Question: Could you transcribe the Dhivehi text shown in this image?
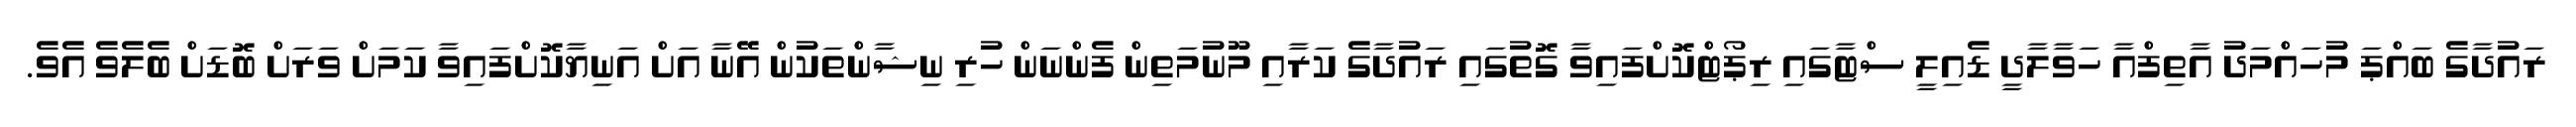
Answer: ރައުދާގެ ބައްޕަ މުހައްމަދު އާތިފްއާ ހަވާލާދީ ޑެއިލީ ސްޓާގައި ރިޕޯޓްކޮށްފައިވާ ގޮތުގައި ރައުދާގެ ކަރާއި މޫނުމަތިން ފެންނަން ހުރި ނިޝާންތަކުން އޭނާ އަށް އަނިޔާކޮށްފައިވާ ކަމަށް ވަރަށް ބޮޑަށް ބެލެވެ އެވެ.